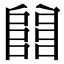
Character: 𨺅